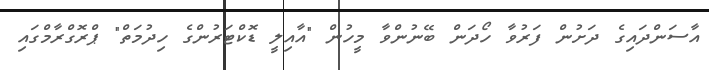
އާސަންދައިގެ ދަށުން ފަރުވާ ހޯދަން ބޭނުންވާ މީހުން "އާއިލީ ޑޮކްޓަރުންގެ ހިދުމަތް" ޕްރޮގްރާމްގައި